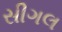
સીગલ